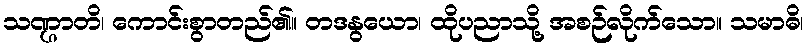
သဏ္ဌာတိ၊ ကောင်းစွာတည်၏။ တဒနွယော၊ ထိုပညာသို့ အစဉ်လိုက်သော။ သမာဓိ၊